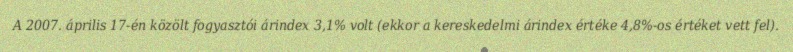
A 2007. április 17-én közölt fogyasztói árindex 3,1% volt (ekkor a kereskedelmi árindex értéke 4,8%-os értéket vett fel).